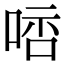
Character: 𠵠